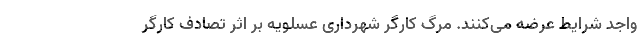
واجد شرایط عرضه می‌کنند. مرگ کارگر شهرداری عسلویه بر اثر تصادف کارگر